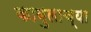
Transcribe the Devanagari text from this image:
काबुलाच्या